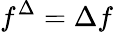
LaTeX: f^{\Delta}=\Delta f